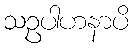
သဥပါဟနာပိ